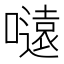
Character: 𭋜